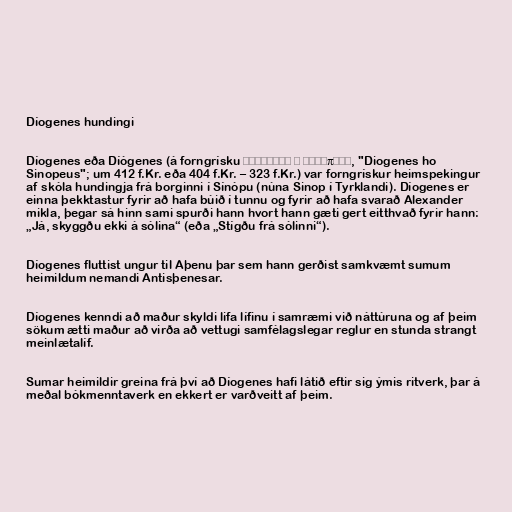
Díogenes hundingi

Díogenes eða Díógenes (á forngrísku Διογένης ὁ Σινωπεύς, "Diogenes ho
Sinopeus"; um 412 f.Kr. eða 404 f.Kr. – 323 f.Kr.) var forngrískur heimspekingur
af skóla hundingja frá borginni í Sínópu (núna Sinop í Tyrklandi). Díogenes er
einna þekktastur fyrir að hafa búið í tunnu og fyrir að hafa svarað Alexander
mikla, þegar sá hinn sami spurði hann hvort hann gæti gert eitthvað fyrir hann:
„Já, skyggðu ekki á sólina“ (eða „Stígðu frá sólinni“).

Díogenes fluttist ungur til Aþenu þar sem hann gerðist samkvæmt sumum
heimildum nemandi Antisþenesar.

Díogenes kenndi að maður skyldi lifa lífinu í samræmi við náttúruna og af þeim
sökum ætti maður að virða að vettugi samfélagslegar reglur en stunda strangt
meinlætalíf.

Sumar heimildir greina frá því að Díogenes hafi látið eftir sig ýmis ritverk, þar á
meðal bókmenntaverk en ekkert er varðveitt af þeim.